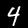
Digit: 4